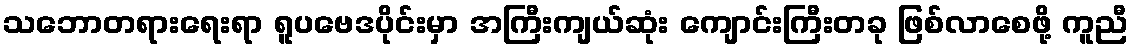
သဘောတရားရေးရာ ရူပဗေဒပိုင်းမှာ အကြီးကျယ်ဆုံး ကျောင်းကြီးတခု ဖြစ်လာစေဖို့ ကူညီ